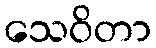
သေဝိတာ